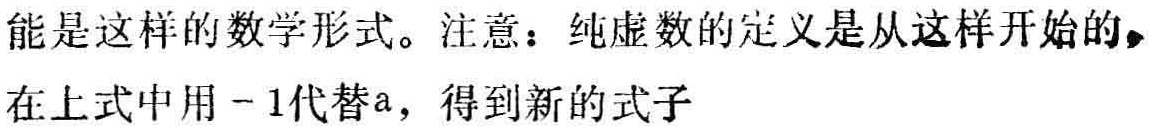
能是这样的数学形式。注意：纯虚数的定义是从这样开始的，在上式中用 - 1代替a，得到新的式子